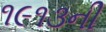
૧૯૧૩ની